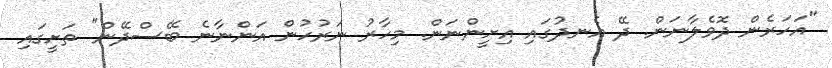
"އަހަރެން ދޮވެލާނަން. ދޭ އެނދުގައި އިށީންނަން. މިހާރު ނަރުހުން އަންނާނެ ބޭސްދޭން" ތަށީގައި